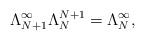
LaTeX: \begin{align*}\Lambda_{N+1}^{\infty}\Lambda_N^{N+1}=\Lambda_N^{\infty},\end{align*}